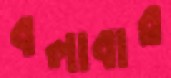
বলাবার